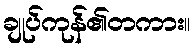
ချုပ်ကုန်၏တကား။